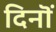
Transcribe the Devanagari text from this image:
दिनॊं